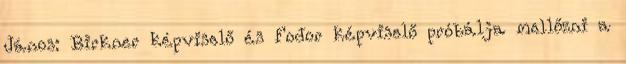
János: Birkner képviselő és Fodor képviselő próbálja mellőzni a